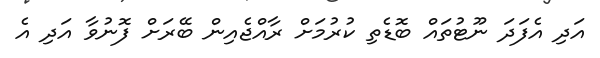
އަދި އެފަދަ ނޫޓުތައް ބޮޑެތި ކުރުމަށް ރާއްޖެއިން ބޭރަށް ފޮނުވާ އަދި އެ